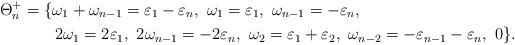
LaTeX: \begin{align*}\Theta_{n}^{+} & =\{\omega_{1}+\omega_{n-1}=\varepsilon_{1}-\varepsilon_{n},\ \omega_{1}=\varepsilon_{1},\ \omega_{n-1}=-\varepsilon_{n},\\ & \ \ \ \ \ \ 2\omega_{1}=2\varepsilon_{1},\ 2\omega_{n-1}=-2\varepsilon_{n},\ \omega_{2}=\varepsilon_{1}+\varepsilon_{2},\ \omega_{n-2}=-\varepsilon_{n-1}-\varepsilon_{n},\ 0\}.\end{align*}